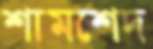
শামশেদ